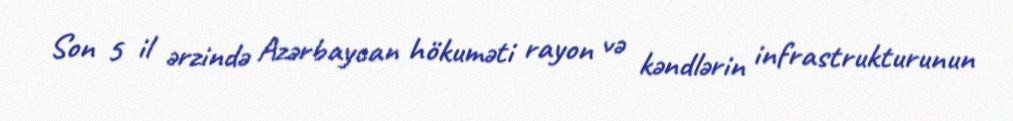
Son 5 il ərzində Azərbaycan hökuməti rayon və kəndlərin infrastrukturunun